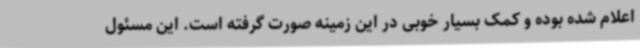
اعلام شده بوده و کمک بسیار خوبی در این زمینه صورت گرفته است. این مسئول